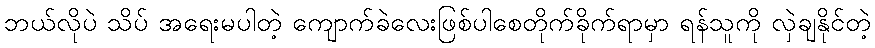
ဘယ်လိုပဲ သိပ် အရေးမပါတဲ့ ကျောက်ခဲလေးဖြစ်ပါစေတိုက်ခိုက်ရာမှာ ရန်သူကို လှဲချနိုင်တဲ့